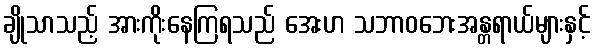
ချိုသာသည့် အားကိုးနေကြရသည် အေးဟ သဘာဝဘေးအန္တရာယ်များနှင့်